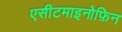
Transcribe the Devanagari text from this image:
एसीटमाइनोफ़िन